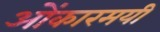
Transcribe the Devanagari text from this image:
ओंकारमयी